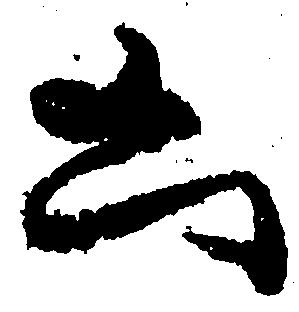
凶